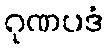
ဂုဏပဒံ